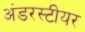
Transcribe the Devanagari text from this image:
अंडरस्टीयर